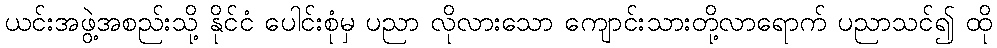
ယင်းအဖွဲ့အစည်းသို့ နိုင်ငံ ပေါင်းစုံမှ ပညာ လိုလားသော ကျောင်းသားတို့လာရောက် ပညာသင်၍ ထို